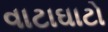
વાટાઘાટો